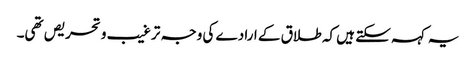
یہ کہہ سکتے ہیں کہ طلاق کے ارادے کی وجہ ترغیب و تحریص تھی۔